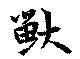
獣